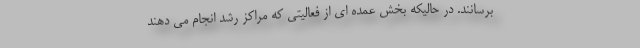
برسانند. در حالیکه بخش عمده ای از فعالیتی که مراکز رشد انجام می دهند